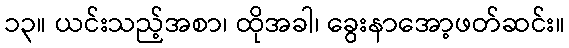
၁၃။ ယင်းသည့်အစာ၊ ထိုအခါ၊ ခွေးနာအော့ဖတ်ဆင်း။